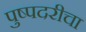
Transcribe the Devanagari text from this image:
पुष्पदरीचा